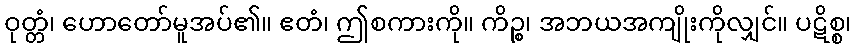
ဝုတ္တံ၊ ဟောတော်မူအပ်၏။ ဧတံ၊ ဤစကားကို။ ကိဉ္စ၊ အဘယအကျိုးကိုလျှင်။ ပဋိစ္စ၊